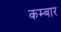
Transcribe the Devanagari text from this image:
कम्बार